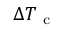
\Delta T _ { \mathrm { ~ c ~ } }